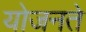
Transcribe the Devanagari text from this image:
योजनते